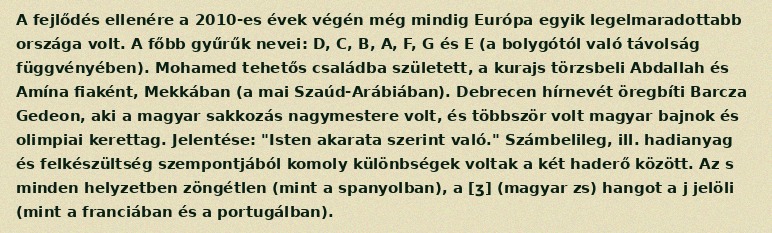
A fejlődés ellenére a 2010-es évek végén még mindig Európa egyik legelmaradottabb országa volt. A főbb gyűrűk nevei: D, C, B, A, F, G és E (a bolygótól való távolság függvényében). Mohamed tehetős családba született, a kurajs törzsbeli Abdallah és Amína fiaként, Mekkában (a mai Szaúd-Arábiában). Debrecen hírnevét öregbíti Barcza Gedeon, aki a magyar sakkozás nagymestere volt, és többször volt magyar bajnok és olimpiai kerettag. Jelentése: "Isten akarata szerint való." Számbelileg, ill. hadianyag és felkészültség szempontjából komoly különbségek voltak a két haderő között. Az s minden helyzetben zöngétlen (mint a spanyolban), a [ʒ] (magyar zs) hangot a j jelöli (mint a franciában és a portugálban).